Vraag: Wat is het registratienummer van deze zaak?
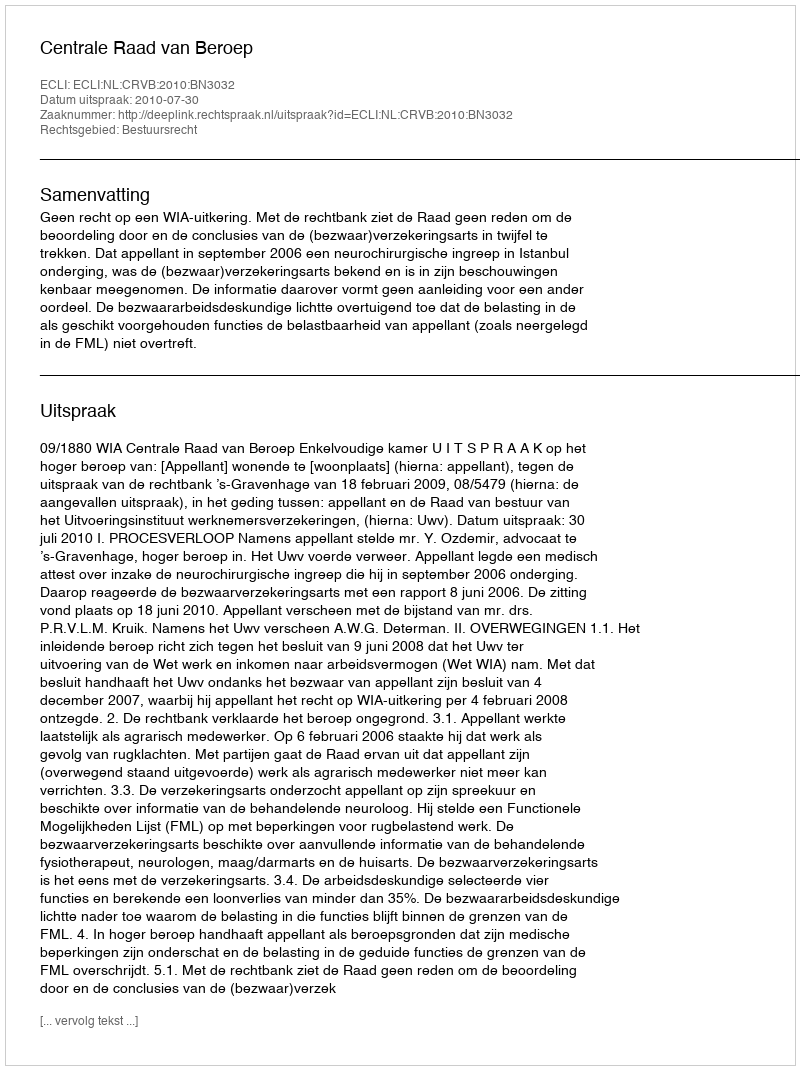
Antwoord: http://deeplink.rechtspraak.nl/uitspraak?id=ECLI:NL:CRVB:2010:BN3032